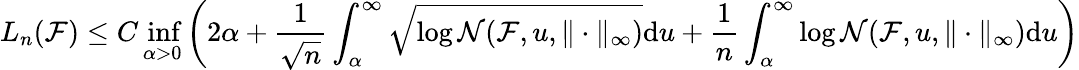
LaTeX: L_{n}(\mathcal{F})\leq C\operatorname*{inf}_{\alpha>0}\left(2\alpha+\frac{1}{\sqrt{n}}\int_{\alpha}^{\infty}\sqrt{{\log\mathcal{N}(\mathcal{F},u,\| \cdot\| _{\infty})}}\mathrm{d}u+\frac{1}{{n}}\int_{\alpha}^{\infty}{\log\mathcal{N}(\mathcal{F},u,\| \cdot\| _{\infty})}\mathrm{d}u\right)